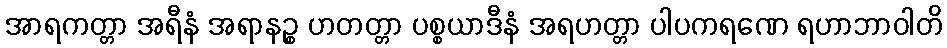
အာရကတ္တာ အရီနံ အရာနဉ္စ ဟတတ္တာ ပစ္စယာဒီနံ အရဟတ္တာ ပါပကရဏေ ရဟာဘာဝါတိ